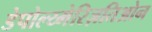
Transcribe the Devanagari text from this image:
डेपोल्य्मेरिज़तिओन